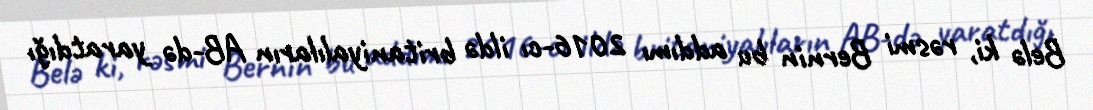
Belə ki, rəsmi Bernin bu addımı 2016-cı ildə britaniyalıların AB-də yaratdığı